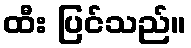
ထီး ပြင်သည်။